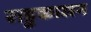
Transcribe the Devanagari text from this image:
राहुकालम